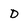
Character: D